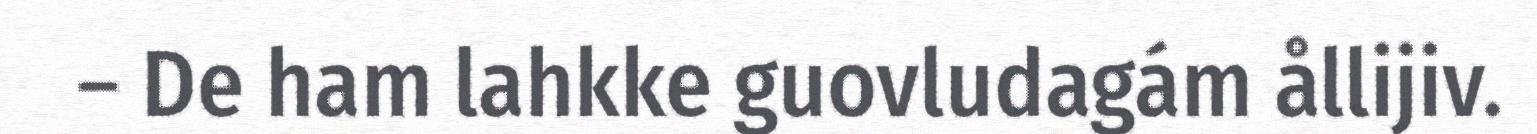
– De ham lahkke guovludagám ållijiv.